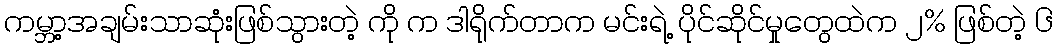
ကမ္ဘာ့အချမ်းသာဆုံးဖြစ်သွားတဲ့ ကို က ဒါရိုက်တာက မင်းရဲ့ ပိုင်ဆိုင်မှုတွေထဲက ၂% ဖြစ်တဲ့ ၆